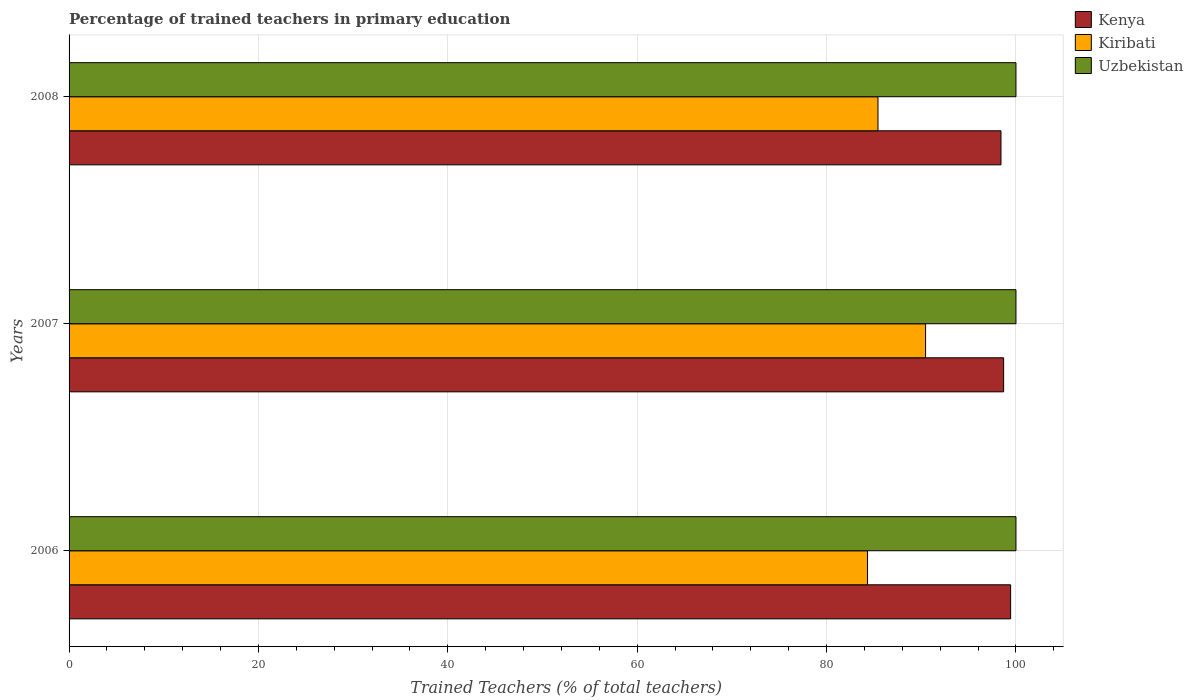
| Years | Kenya | Kiribati | Uzbekistan |
 | --- | --- | --- | --- |
 | 2006 | 99.4 | 84.3 | 100 |
 | 2007 | 98.7 | 90.5 | 100 |
 | 2008 | 98.4 | 85.4 | 100 |